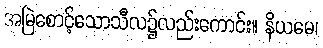
အမြဲစောင့်သောသီလ၌လည်းကောင်း။ နိယမေ၊